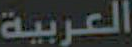
العربية